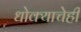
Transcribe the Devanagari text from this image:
धोक्याचेही